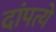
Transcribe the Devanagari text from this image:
दांपत्ये